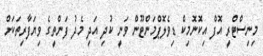
މިނިސްޓްރީ އޮފް އިކޮނޮމިކް ޑިވެލޮޕްމަންޓޫން ވަނީ ކުދި އަދި މެދު ފަންތީގެ ވިޔަފާރިތަކަށް